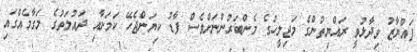
ފައްޔާޒު ވިދާޅުވީ ރައްޔިތުންގެ މަޖިލީހުގެ މެންބަރުންނަށްވެސް ފާޑު ކިޔަންޖެހޭ ކަމަށާއި ދައުލަތުގެ މަގާމެއްގައި